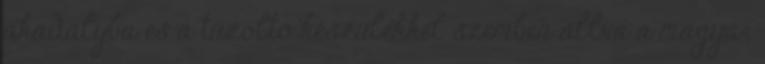
akadályba és a tûzoltó készülékkel szemben állva a magyar